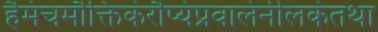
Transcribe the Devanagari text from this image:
हैमंचमौक्तिकंरौप्यंप्रवालंनीलकंतथा